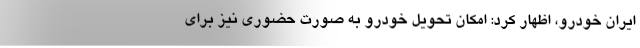
ایران خودرو، اظهار کرد: امکان تحویل خودرو به صورت حضوری نیز برای